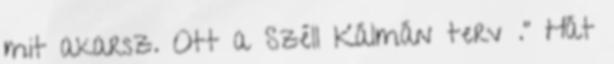
mit akarsz. Ott a Széll Kálmán terv ." Hát